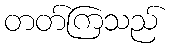
တတ်ကြသည်